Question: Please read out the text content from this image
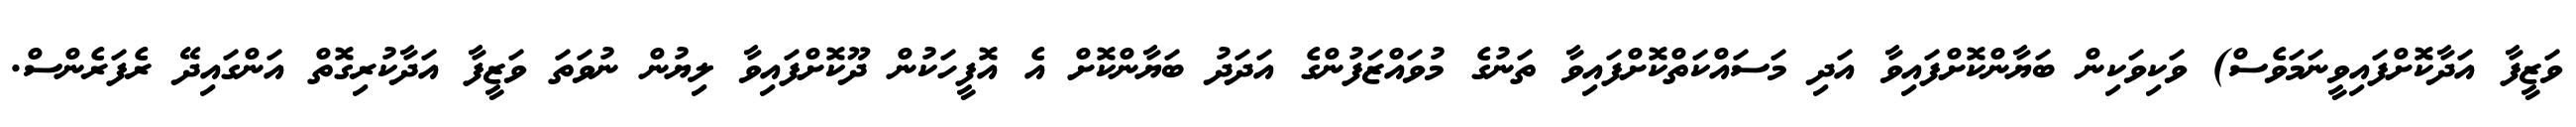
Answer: ވަޒީފާ އަދާކޮށްފައިވީނަމަވެސް) ވަކިވަކިން ބަޔާންކޮށްފައިވާ އަދި މަސައްކަތްކޮށްފައިވާ ތަނުގެ މުވައްޒަފުންގެ އަދަދު ބަޔާންކޮށް އެ އޮފީހަކުން ދޫކޮށްފައިވާ ލިޔުން ނުވަތަ ވަޒީފާ އަދާކުރިގޮތް އަންގައިދޭ ރެފަރެންސް.